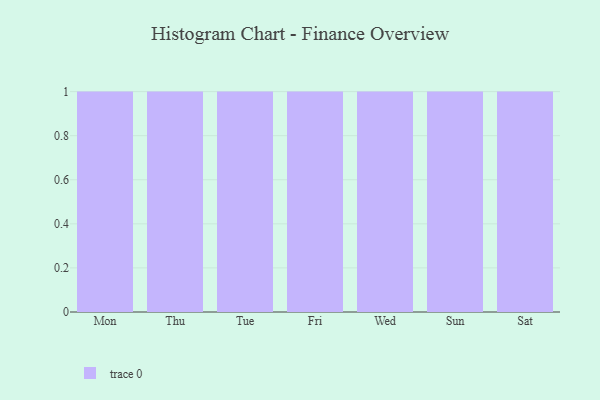
{"axis": {"x": "Day", "y": "Customer Acquisition Cost (USD)"}, "legend": [""], "data": [{"x": "Mon", "y": 86, "type": ""}, {"x": "Thu", "y": 24, "type": ""}, {"x": "Tue", "y": 22, "type": ""}, {"x": "Fri", "y": 81, "type": ""}, {"x": "Wed", "y": 63, "type": ""}, {"x": "Sun", "y": 4, "type": ""}, {"x": "Sat", "y": 85, "type": ""}]}